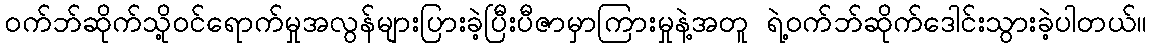
ဝက်ဘ်ဆိုက်သို့ဝင်ရောက်မှုအလွန်များပြားခဲ့ပြီးပီဇာမှာကြားမှုနဲ့အတူ ရဲ့ဝက်ဘ်ဆိုက်ဒေါင်းသွားခဲ့ပါတယ်။